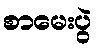
စာမေးပွဲ